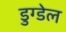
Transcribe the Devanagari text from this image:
डुग्डेल